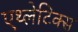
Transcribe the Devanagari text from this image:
एथ्लेटिक्स